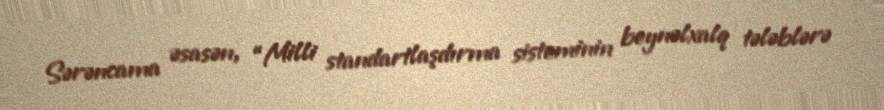
Sərəncama əsasən, “Milli standartlaşdırma sisteminin beynəlxalq tələblərə